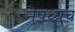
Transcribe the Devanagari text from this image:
नेपथ्यच